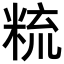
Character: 𥹷